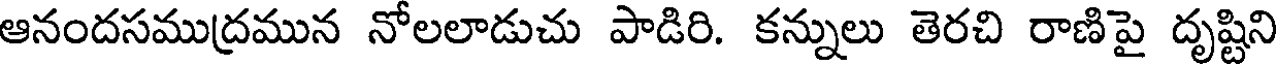
ఆనందసముద్రమున నోలలాడుచు పాడిరి. కన్నులు తెరచి రాణిపై దృష్టిని